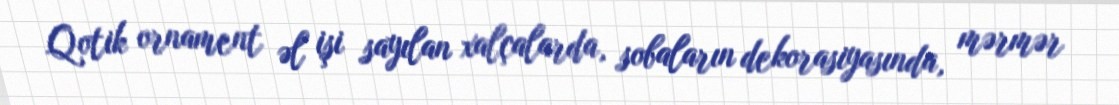
Qotik ornament əl işi sayılan xalçalarda, sobaların dekorasiyasında, mərmər